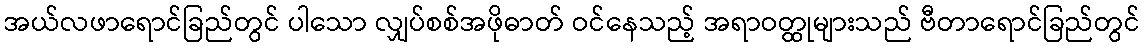
အယ်လဖာရောင်ခြည်တွင် ပါသော လျှပ်စစ်အဖိုဓာတ် ဝင်နေသည့် အရာဝတ္ထုများသည် ဗီတာရောင်ခြည်တွင်